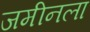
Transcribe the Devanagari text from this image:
जमीनला